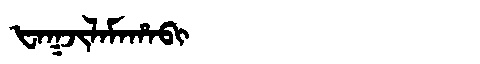
Manchu: ᡶᠠᡴᠵᡳᠯᠠᠮᠠᡥᠠᠪᡳ
Romanization: FAKJILAMAHABI